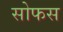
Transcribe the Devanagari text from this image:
सोफस